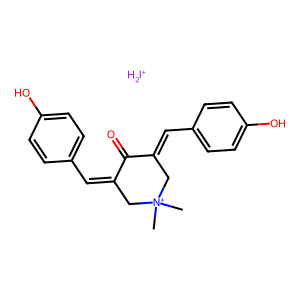
SMILES: C[N+]1(C)CC(=Cc2ccc(O)cc2)C(=O)C(=Cc2ccc(O)cc2)C1.[IH2+]
Inhibits HIV replication: No